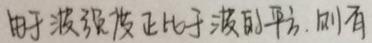
由于波强度正比于波的平方, 则有